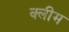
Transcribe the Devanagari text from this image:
क्लीम